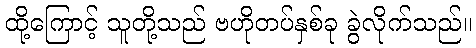
ထို့ကြောင့် သူတို့သည် ဗဟိုတပ်နှစ်ခု ခွဲလိုက်သည်။